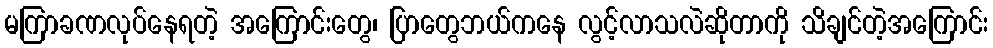
မကြာခဏလုပ်နေရတဲ့ အကြောင်းတွေ၊ ပြာတွေဘယ်ကနေ လွင့်လာသလဲဆိုတာကို သိချင်တဲ့အကြောင်း